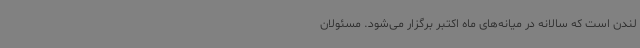
لندن است که سالانه در میانه‌های ماه اکتبر برگزار می‌شود. مسئولان